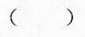
（）